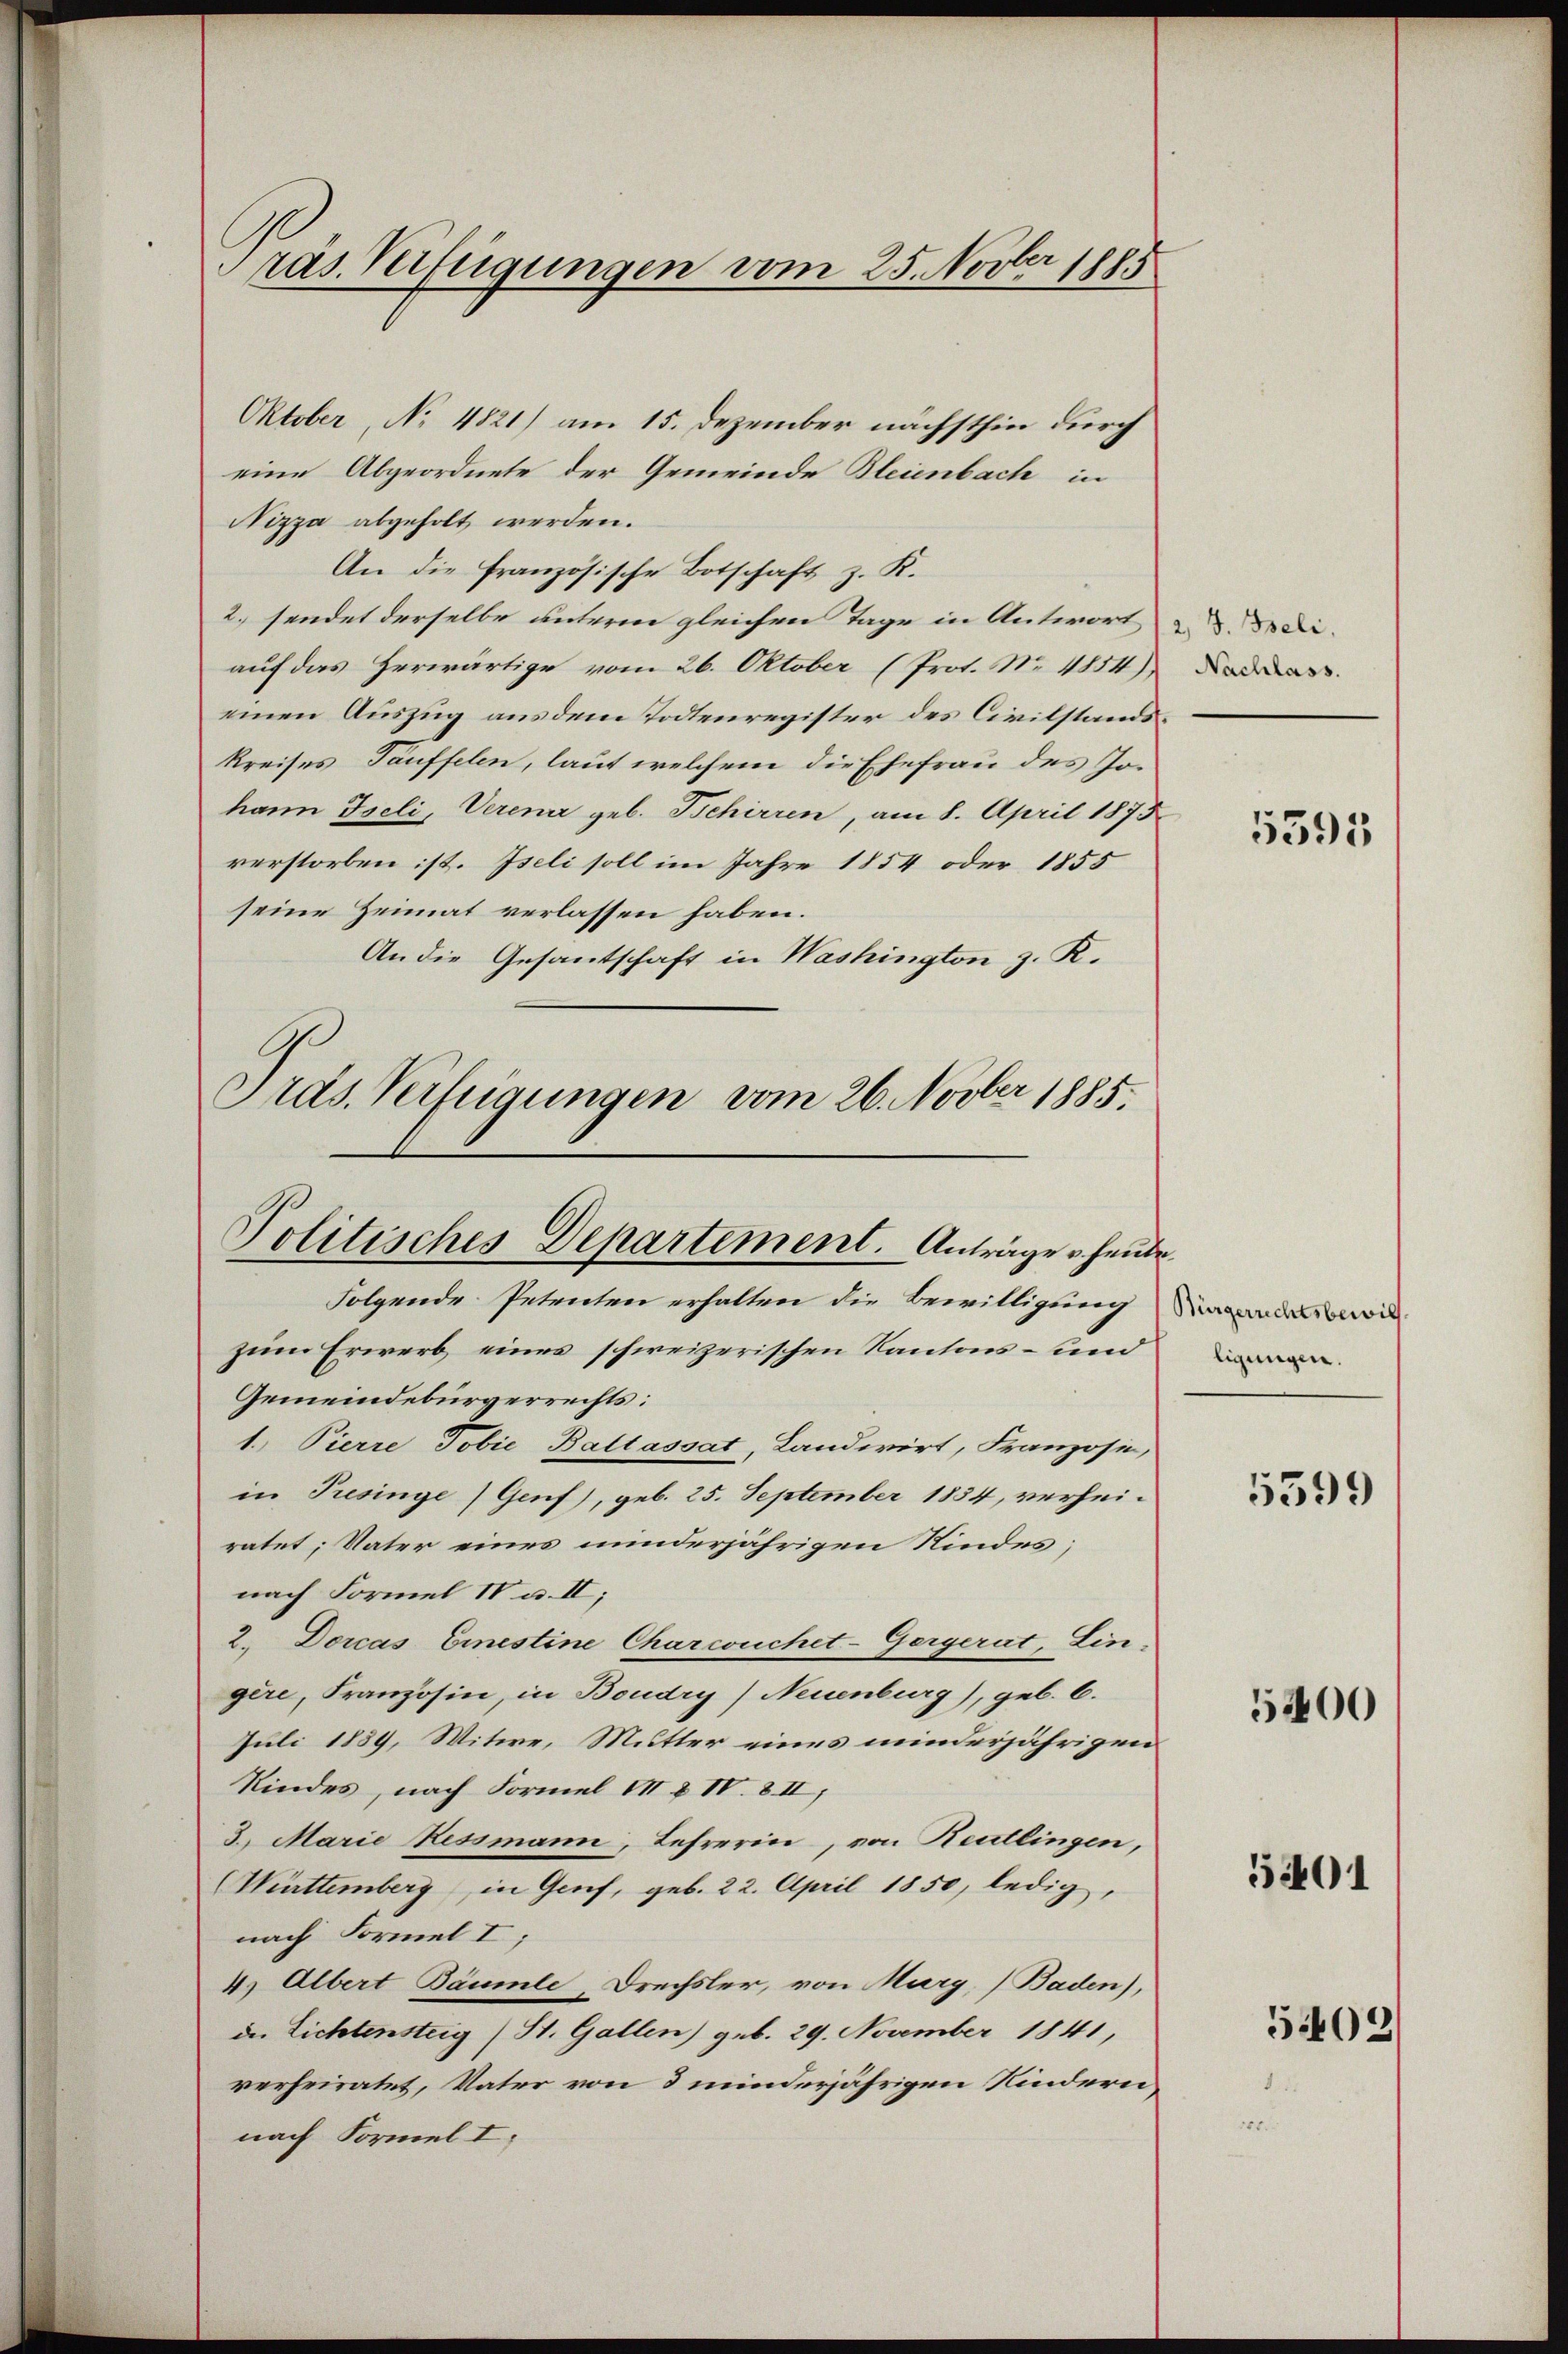
Präs. Verfügungen vom 25. Novber 1885

Oktober, No 4821) am 15. Dezember nächsthin durch
eine Abgeordnete der Gemeinde Bleienbach in
Nizza abgeholt werden.
An die französische Botschaft z. K.
2) sendet derselbe unterm gleichen Tage in Antwort die
auf das Herwärtige vom 26. Oktober (Prot. Nr. 1854)
einen Auszug aus dem Todtenregister des Civilstandskreises Tauffelen, laut welchem die Ehefrau des Johann Iseli, Verena geb. Bchirren, am 8. April 1873
verstorben ist. Iseli soll im Jahre 1854 oder 1855
seine Heimat verlassen haben.
An die Gesantschaft in Washington z. K.
Präs. Verfügungen vom 26. Novber 1885.

Politisches Departement. Antrages heute.

Folgende Petenten erhalten die Bewilligung di
zum Erwerb eines schweizerischen Kantons - und
Gemeindebürgerrechts:
1. Pierre Tobie Baltassat, Landwirt, Franzose,
in Presinge (Genf), geb. 25. September 1854, verheiratet, Vater eines minderjährigen Kindes;
nach Formel IV u. II,
2. Doras Einestine Charcouchet-Gergerat, Lin-
gère, Französin, in Boudry) Neuenburg), geb. C.
Juli 1889, Witwe, Mutter eines minderjährigen
Kindes, nach Formel III & IV. 8 II,
3. Marie Ressmann, Lehrerin, von Reutlingen,
(Württemberg, in Genf, geb. 22. April 1850, ledig,
nach Formel I;
4.) Albert Bäumle, Drechsler, von Murg, Baden),
de Lichtensteig (St. Gallen) geb. 29. November 1841,
verheiratet, Vater von 3 minderjährigen Kindern
nach Formel I.

Nachlass.

5595

ligungen.

5599

5400

5401

5402)